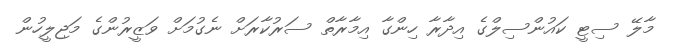
މާލޭ ސިޓީ ކައުންސިލްގެ އިދާރާ ހިންގާ އިމާރާތް ސަރުކާރަށް ނެގުމަށް ވަޒީރުންގެ މަޖިލީހުން